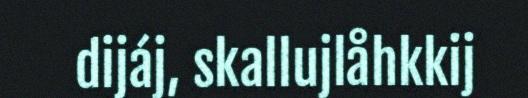
dijáj, skallujlåhkkij